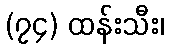
(၇၄) ထန်းသီး၊